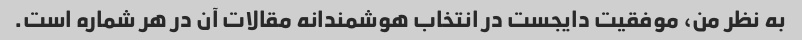
به نظر من، موفقیت دایجست در انتخاب هوشمندانه مقالات آن در هر شماره است.